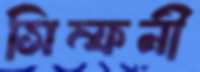
সিম্ফনী